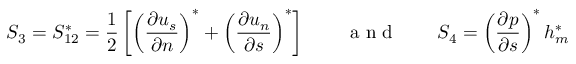
S _ { 3 } = S _ { 1 2 } ^ { * } = \frac { 1 } { 2 } \left[ \left( \frac { \partial { u _ { s } } } { \partial { n } } \right) ^ { * } + \left( \frac { \partial { u _ { n } } } { \partial { s } } \right) ^ { * } \right] \qquad \textrm { a n d } \qquad S _ { 4 } = \left( \frac { \partial { p } } { \partial { s } } \right) ^ { * } h _ { m } ^ { * }